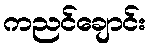
ကညင်ချောင်း